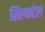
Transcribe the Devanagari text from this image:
सिल्कटेल